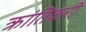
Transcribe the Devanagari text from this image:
क्रांतिकरी